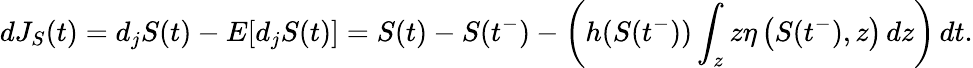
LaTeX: dJ_{S}(t)=d_{j}S(t)-E[d_{j}S(t)]=S(t)-S(t^{-})-\left(h(S(t^{-}))\int_{z}z\eta\left(S(t^{-}),z\right)\, dz\right)\, dt.